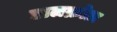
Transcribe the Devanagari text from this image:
डालक्रोज़